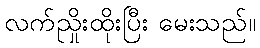
လက်ညှိုးထိုးပြီး မေးသည်။